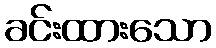
ခင်းထားသော